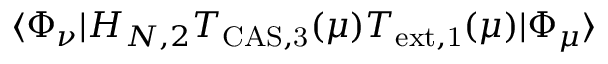
\langle \Phi _ { \nu } | H _ { N , 2 } T _ { \mathrm { C A S , 3 } } ( \mu ) T _ { \mathrm { e x t , 1 } } ( \mu ) | \Phi _ { \mu } \rangle